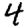
Digit: 4